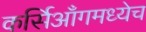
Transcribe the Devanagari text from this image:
कर्सिआँगमध्येच